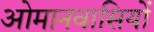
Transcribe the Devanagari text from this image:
ओमानवासियों